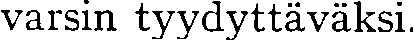
varsin tyydyttäväksi.